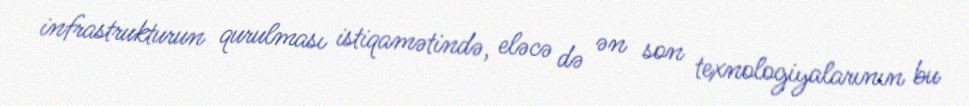
infrastrukturun qurulması istiqamətində, eləcə də ən son texnologiyalarının bu